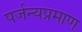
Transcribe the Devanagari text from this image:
पर्जन्यप्रमाण